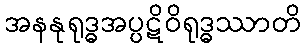
အနနုရုဒ္ဓအပ္ပဋိဝိရုဒ္ဓဿာတိ